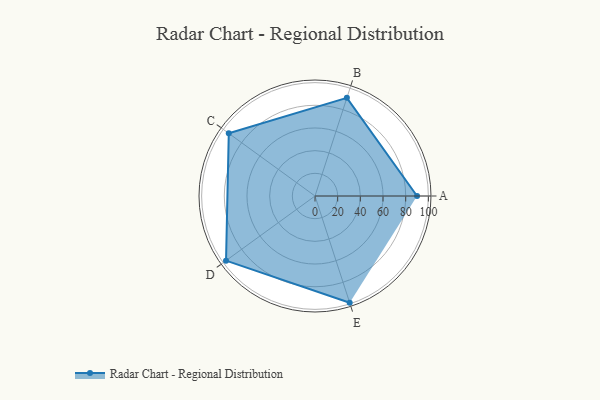
{"axis": {"x": "Skill", "y": "Score"}, "legend": ["Profile"], "data": [{"x": "A", "y": 90.0, "type": "Profile"}, {"x": "B", "y": 91.0, "type": "Profile"}, {"x": "C", "y": 94.0, "type": "Profile"}, {"x": "D", "y": 97.0, "type": "Profile"}, {"x": "E", "y": 99, "type": "Profile"}]}